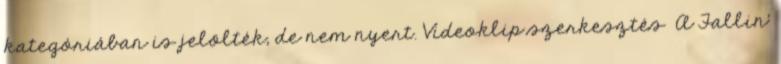
kategóriában is jelölték, de nem nyert. Videoklip szerkesztés A Fallin’